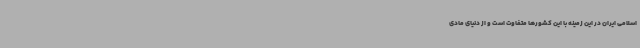
اسلامی ایران در این زمینه با این کشورها متفاوت است و از دنیای مادی